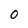
Character: 0